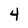
Character: 4